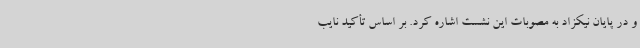
و در پایان نیکزاد به مصوبات این نشست اشاره کرد. بر اساس تأکید نایب